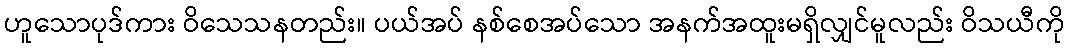
ဟူသောပုဒ်ကား ဝိသေသနတည်း။ ပယ်အပ် နစ်စေအပ်သော အနက်အထူးမရှိလျှင်မူလည်း ဝိသယီကို